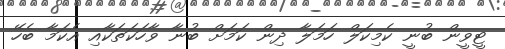
ޓީވީން ބުނީ ކެމިކަލް ހަމަލާ ދިން ކަމަށް ބުނާ ވާހަކަތަކާއި އެކަމާ ބެހޭ